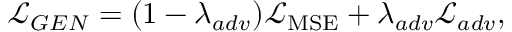
\mathcal { L } _ { G E N } = ( 1 - \lambda _ { a d v } ) \mathcal { L } _ { \mathrm { M S E } } + \lambda _ { a d v } \mathcal { L } _ { a d v } ,